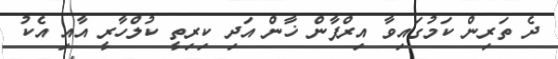
ދެ ތަރިން ކަމުގައިވާ އިރްފާން ޚާން އަދި ކިރިތީ ކުލްހާރީ އާއި އެކު